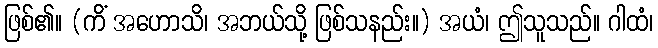
ဖြစ်၏။ (ကိံ အဟောသိ၊ အဘယ်သို့ ဖြစ်သနည်း။) အယံ၊ ဤသူသည်။ ဂါထံ၊